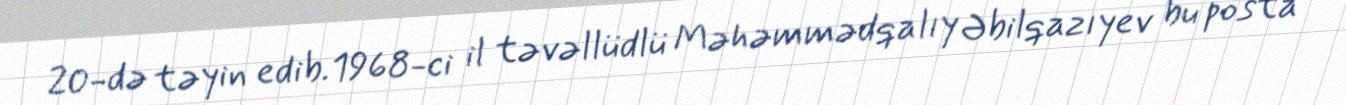
20-də təyin edib.1968-ci il təvəllüdlü Məhəmmədqalıy Əbilqazıyev bu posta